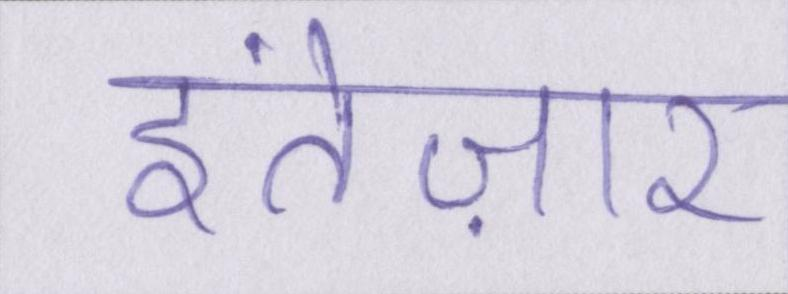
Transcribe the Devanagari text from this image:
इंतेज़ार